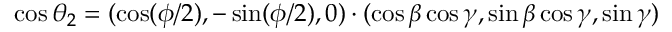
\cos \theta _ { 2 } = ( \cos ( \phi / 2 ) , - \sin ( \phi / 2 ) , 0 ) \cdot ( \cos \beta \cos \gamma , \sin \beta \cos \gamma , \sin \gamma )